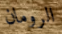
الرومان